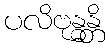
ပလိဗုန္ဓန္တိ